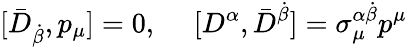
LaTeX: [\bar{D}_{\dot{\beta}},p_{\mu}]=0,~~~~~[D^{\alpha},\bar{D}^{\dot{\beta}}]=\sigma_{\mu}^{\alpha\dot{\beta}}p^{\mu}